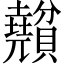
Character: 𧹅